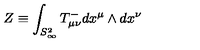
Z \equiv \int _ { S _ { \infty } ^ { 2 } } T _ { \mu \nu } ^ { - } d x ^ { \mu } \wedge d x ^ { \nu }